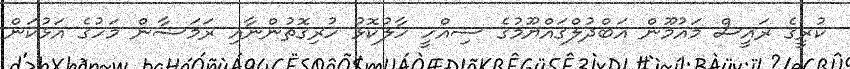
ކުރީގެ ރައީސް މައުމޫން އަބްދުލްގައްޔޫމުގެ ސިއްހީ ހާލުކޮޅު ހުރިގޮތުންނާއި ރަމަޟާން މަހުގެ އަޅުކަން